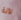
لأنة